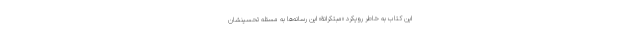
این کتاب به خاطر رویکرد «مبتکرانۀ»‌ این رسانه‌ها به مسئله تحسینشان